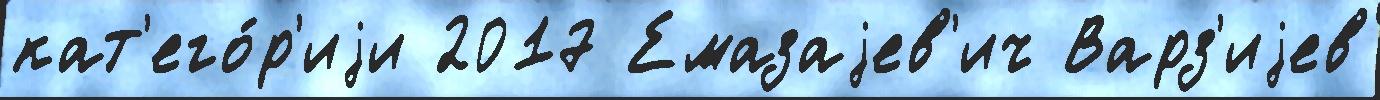
кат'его́р'иjи 2017 Емазаjев'ич Варз'иjев